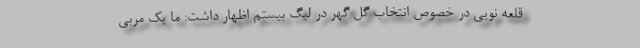
قلعه نویی در خصوص انتخاب گل گهر در لیگ بیستم اظهار داشت: ما یک مربی